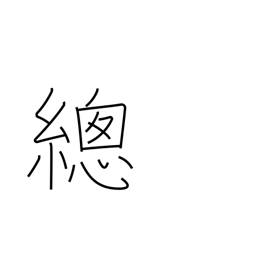
Meaning: overall